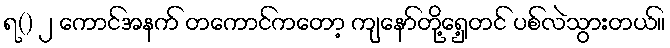
ရ() ၂ ကောင်အနက် တကောင်ကတော့ ကျနော်တို့ရှေ့တင် ပစ်လဲသွားတယ်။